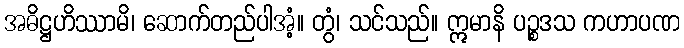
အဓိဋ္ဌဟိဿာမိ၊ ဆောက်တည်ပါအံ့။ တွံ၊ သင်သည်။ ဣမာနိ ပဉ္စဒသ ကဟာပဏ